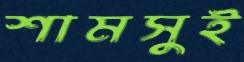
শামসুই